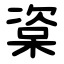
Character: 楶